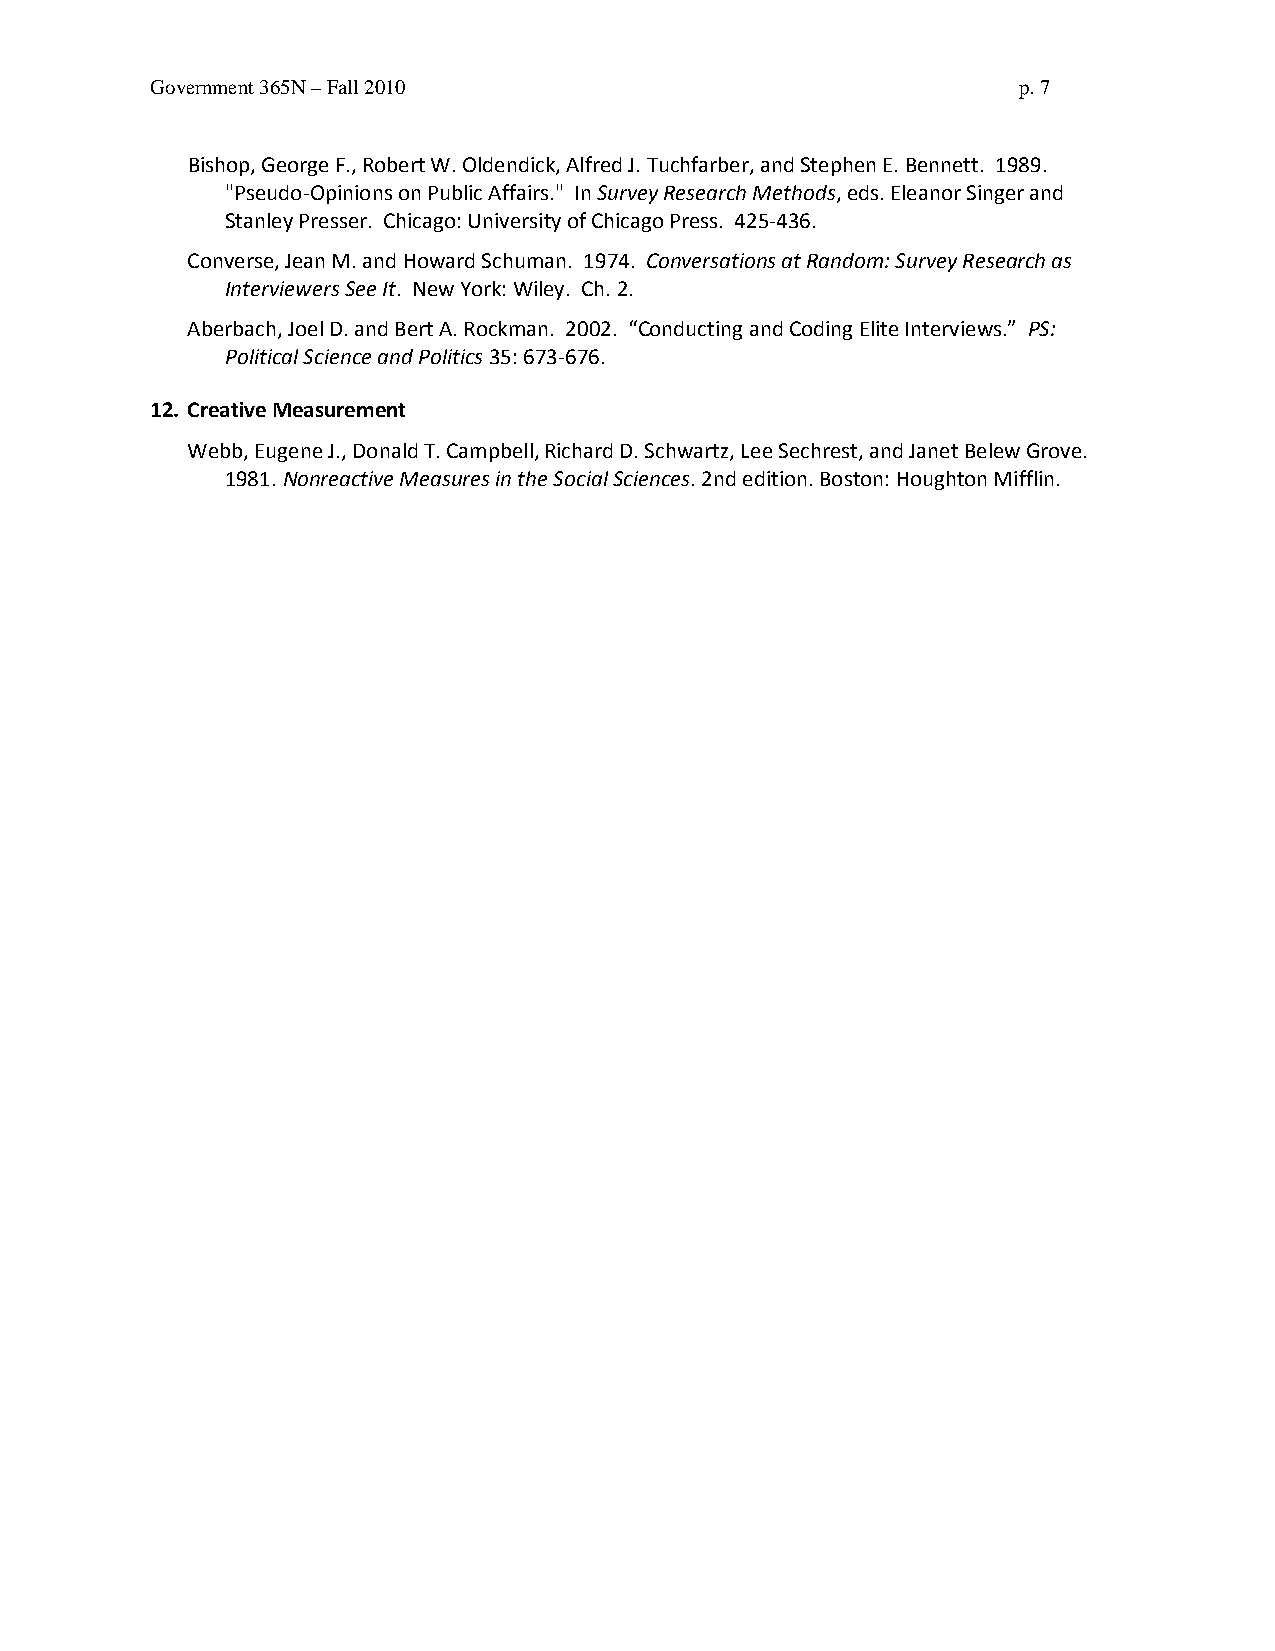
Government 365N – Fall 2010                              p. 7
 Bishop, George F., Robert W. Oldendick, Alfred J. Tuchfarber, and Stephen E. Bennett. 1989.
 "Pseudo-Opinions on Public Affairs." In Survey Research Methods, eds. Eleanor Singer and
 Stanley Presser. Chicago: University of Chicago Press. 425-436.
 Converse, Jean M. and Howard Schuman. 1974. Conversations at Random: Survey Research as
 Interviewers See It. New York: Wiley. Ch. 2.
 Aberbach, Joel D. and Bert A. Rockman. 2002. “Conducting and Coding Elite Interviews.” PS:
 Political Science and Politics 35: 673-676.
 12. Creative Measurement
 Webb, Eugene J., Donald T. Campbell, Richard D. Schwartz, Lee Sechrest, and Janet Belew Grove.
 1981. Nonreactive Measures in the Social Sciences. 2nd edition. Boston: Houghton Mifflin.